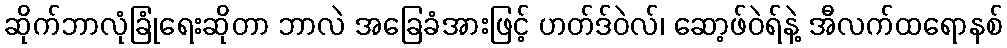
ဆိုက်ဘာလုံခြုံရေးဆိုတာ ဘာလဲ အခြေခံအားဖြင့် ဟတ်ဒ်ဝဲလ်၊ ဆော့ဖ်ဝဲရ်နဲ့ အီလက်ထရောနစ်